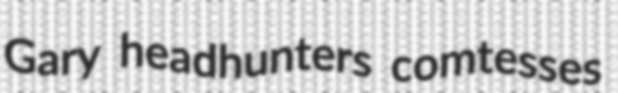
Gary headhunters comtesses